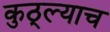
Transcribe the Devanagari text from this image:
कुठ्ल्याच